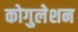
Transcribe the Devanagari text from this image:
कोगुलेशन